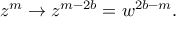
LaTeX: z ^ { m } \rightarrow z ^ { m - 2 b } = w ^ { 2 b - m } .